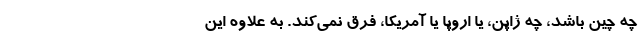
چه چین باشد، چه ژاپن، یا اروپا یا آمریکا، فرق نمی‌کند. به علاوه این